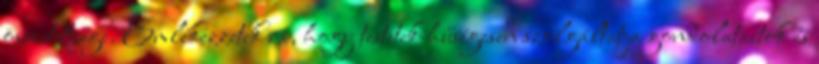
összetettsége. Emlékezzetek rá, hogy testetek hűségesen szolgáltatja gondolataitok és